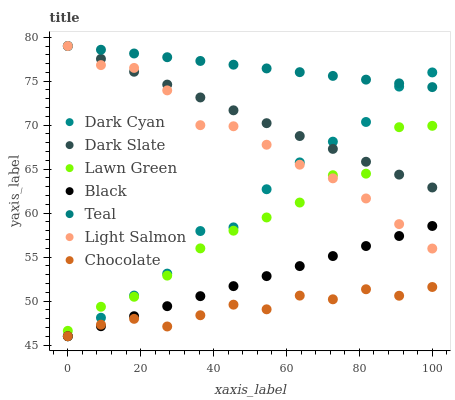
| xaxis_label | Dark Cyan | Dark Slate | Lawn Green | Black | Teal | Light Salmon | Chocolate |
 | --- | --- | --- | --- | --- | --- | --- | --- |
 | 0 | 46 | 79 | 46.6 | 46 | 79 | 79 | 46 |
 | 9.09 | 48.1 | 77.5 | 49.4 | 47.1 | 78.6 | 76.8 | 47.3 |
 | 18.2 | 50.6 | 76.1 | 50.5 | 48.3 | 78.2 | 76.5 | 48 |
 | 27.3 | 53.1 | 74.6 | 52.9 | 49.4 | 77.7 | 74 | 47.1 |
 | 36.4 | 58 | 73.2 | 56 | 50.6 | 77.3 | 70 | 48.4 |
 | 45.5 | 58.4 | 71.7 | 58 | 51.7 | 76.9 | 69.9 | 49.6 |
 | 54.5 | 62.7 | 70.2 | 59.5 | 52.8 | 76.5 | 67.8 | 49.1 |
 | 63.6 | 65.8 | 68.8 | 61.2 | 54 | 76 | 65.5 | 50.6 |
 | 72.7 | 68.1 | 67.3 | 64.3 | 55.1 | 75.6 | 64 | 50.2 |
 | 81.8 | 70.4 | 65.8 | 64.5 | 56.3 | 75.2 | 61.7 | 51.3 |
 | 90.9 | 74.4 | 64.4 | 69.8 | 57.4 | 74.8 | 58.8 | 50.6 |
 | 100 | 76 | 62.9 | 69.9 | 58.5 | 74.3 | 56 | 51.6 |